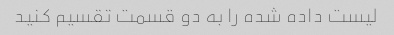
لیست داده شده را به دو قسمت تقسیم کنید